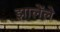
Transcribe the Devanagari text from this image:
झालेंले